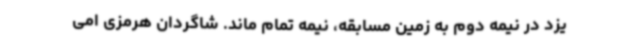
یزد در نیمه دوم به زمین مسابقه، نیمه تمام ماند. شاگردان هرمزی امی